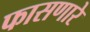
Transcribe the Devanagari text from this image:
फासणारे